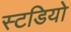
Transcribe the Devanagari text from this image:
स्टडियो